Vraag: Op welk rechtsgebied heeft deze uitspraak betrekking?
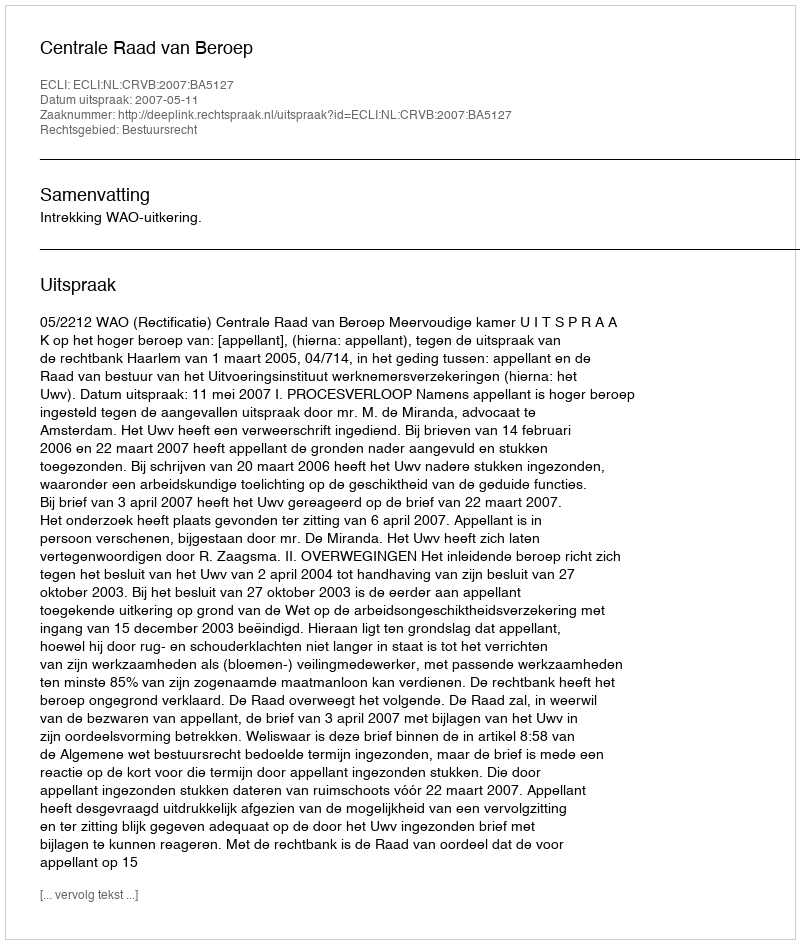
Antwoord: Bestuursrecht